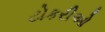
ટોકરીઓ